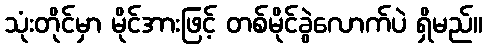
သုံးတိုင်မှာ မိုင်အားဖြင့် တစ်မိုင်ခွဲလောက်ပဲ ရှိမည်။